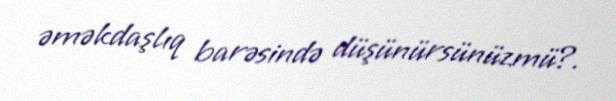
əməkdaşlıq barəsində düşünürsünüzmü?.